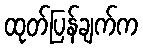
ထုတ်ပြန်ချက်က